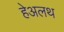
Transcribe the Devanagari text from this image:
हेअलथ